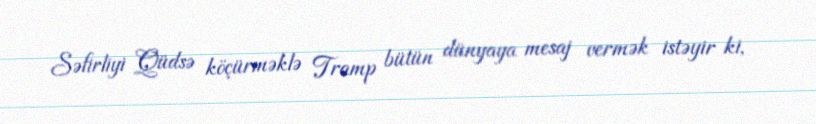
Səfirliyi Qüdsə köçürməklə Tramp bütün dünyaya mesaj vermək istəyir ki,